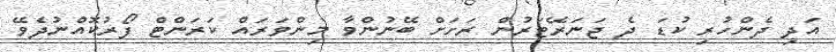
އަދި ދެންހުރި ކުޑަ ދެ ޖަނަރޭޓަރުން ރަށަށް ބޭނުންވާ މިންވަރައް ކަރަންޓް ފޯރުކޮއްނުދެވޭ